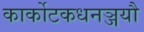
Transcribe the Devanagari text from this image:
कार्कोटकधनञ्जयौ